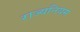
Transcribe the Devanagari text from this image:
राज्यनियम